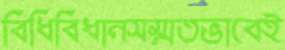
বিধিবিধানসম্মতভাবেই